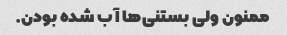
ممنون ولی بستنی‌ها آب شده بودن.